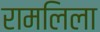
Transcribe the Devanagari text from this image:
रामलिला